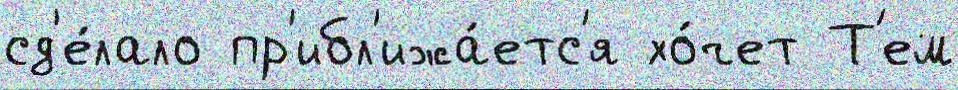
сд'е́лало пр'ибл'ижа́етс'я хо́чет Т'ем